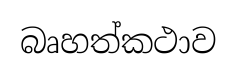
බෘහත්කථාව